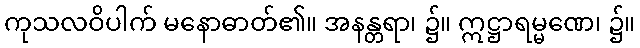
ကုသလဝိပါက် မနောဓာတ်၏။ အနန္တရာ၊ ၌။ ဣဋ္ဌာရမ္မဏေ၊ ၌။